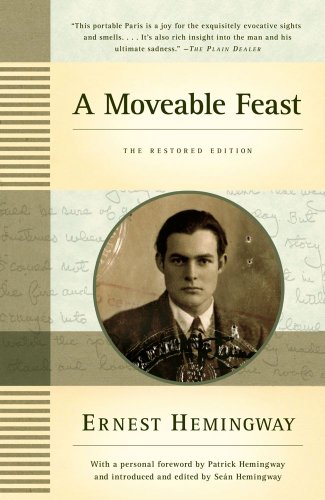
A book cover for A Moveable Feast: The Restored Edition; Ernest Hemingway; Biographies & Memoirs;